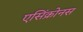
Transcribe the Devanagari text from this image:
एसिंक्रोनस